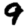
Digit: 9